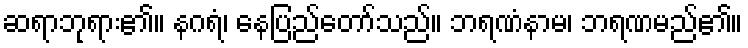
ဆရာဘုရား၏။ နဂရံ၊ နေပြည်တော်သည်။ ဘရဏံနာမ၊ ဘရဏမည်၏။